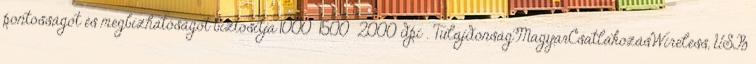
pontosságot és megbízhatóságot biztosítja 1000 1500 2000 dpi . TulajdonságMagyarCsatlakozásWireless, USB